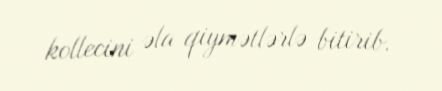
kollecini əla qiymətlərlə bitirib.